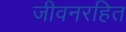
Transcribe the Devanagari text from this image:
जीवनरहित